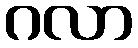
ဂလာ